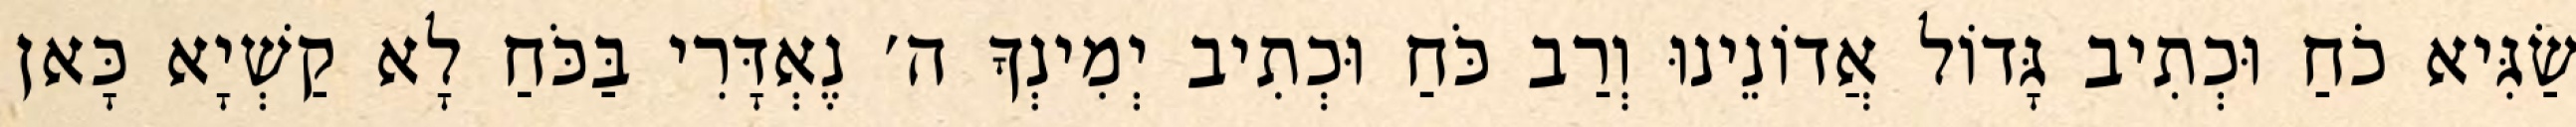
שַׂגִּיא כֹחַ וּכְתִיב גָּדוֹל אֲדוֹנֵינוּ וְרַב כֹּחַ וּכְתִיב יְמִינְךָ ה׳ נֶאְדָּרִי בַּכֹּחַ לָא קַשְׁיָא כָּאן